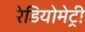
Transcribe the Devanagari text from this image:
रेडियोमेट्री